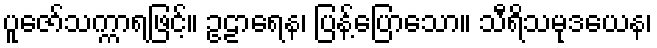
ပူဇော်သက္ကာရဖြင့်။ ဥဠာရေန၊ ပြန့်ပြောသော။ သီရိသမုဒယေန၊